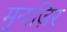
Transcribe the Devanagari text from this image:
मुनाज़िर